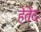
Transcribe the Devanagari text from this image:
हेतेद